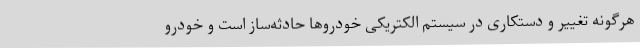
هرگونه تغییر و دستکاری در سیستم الکتریکی خودروها حادثه‌ساز است و خودرو